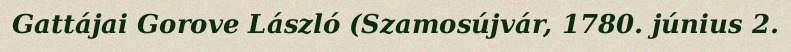
Gattájai Gorove László (Szamosújvár, 1780. június 2.